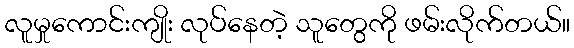
လူမှုကောင်းကျိုး လုပ်နေတဲ့ သူတွေကို ဖမ်းလိုက်တယ်။